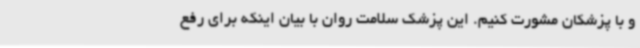
و با پزشکان مشورت کنیم. این پزشک سلامت روان با بیان اینکه برای رفع